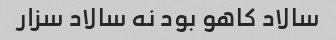
سالاد کاهو‌ بود نه سالاد سزار